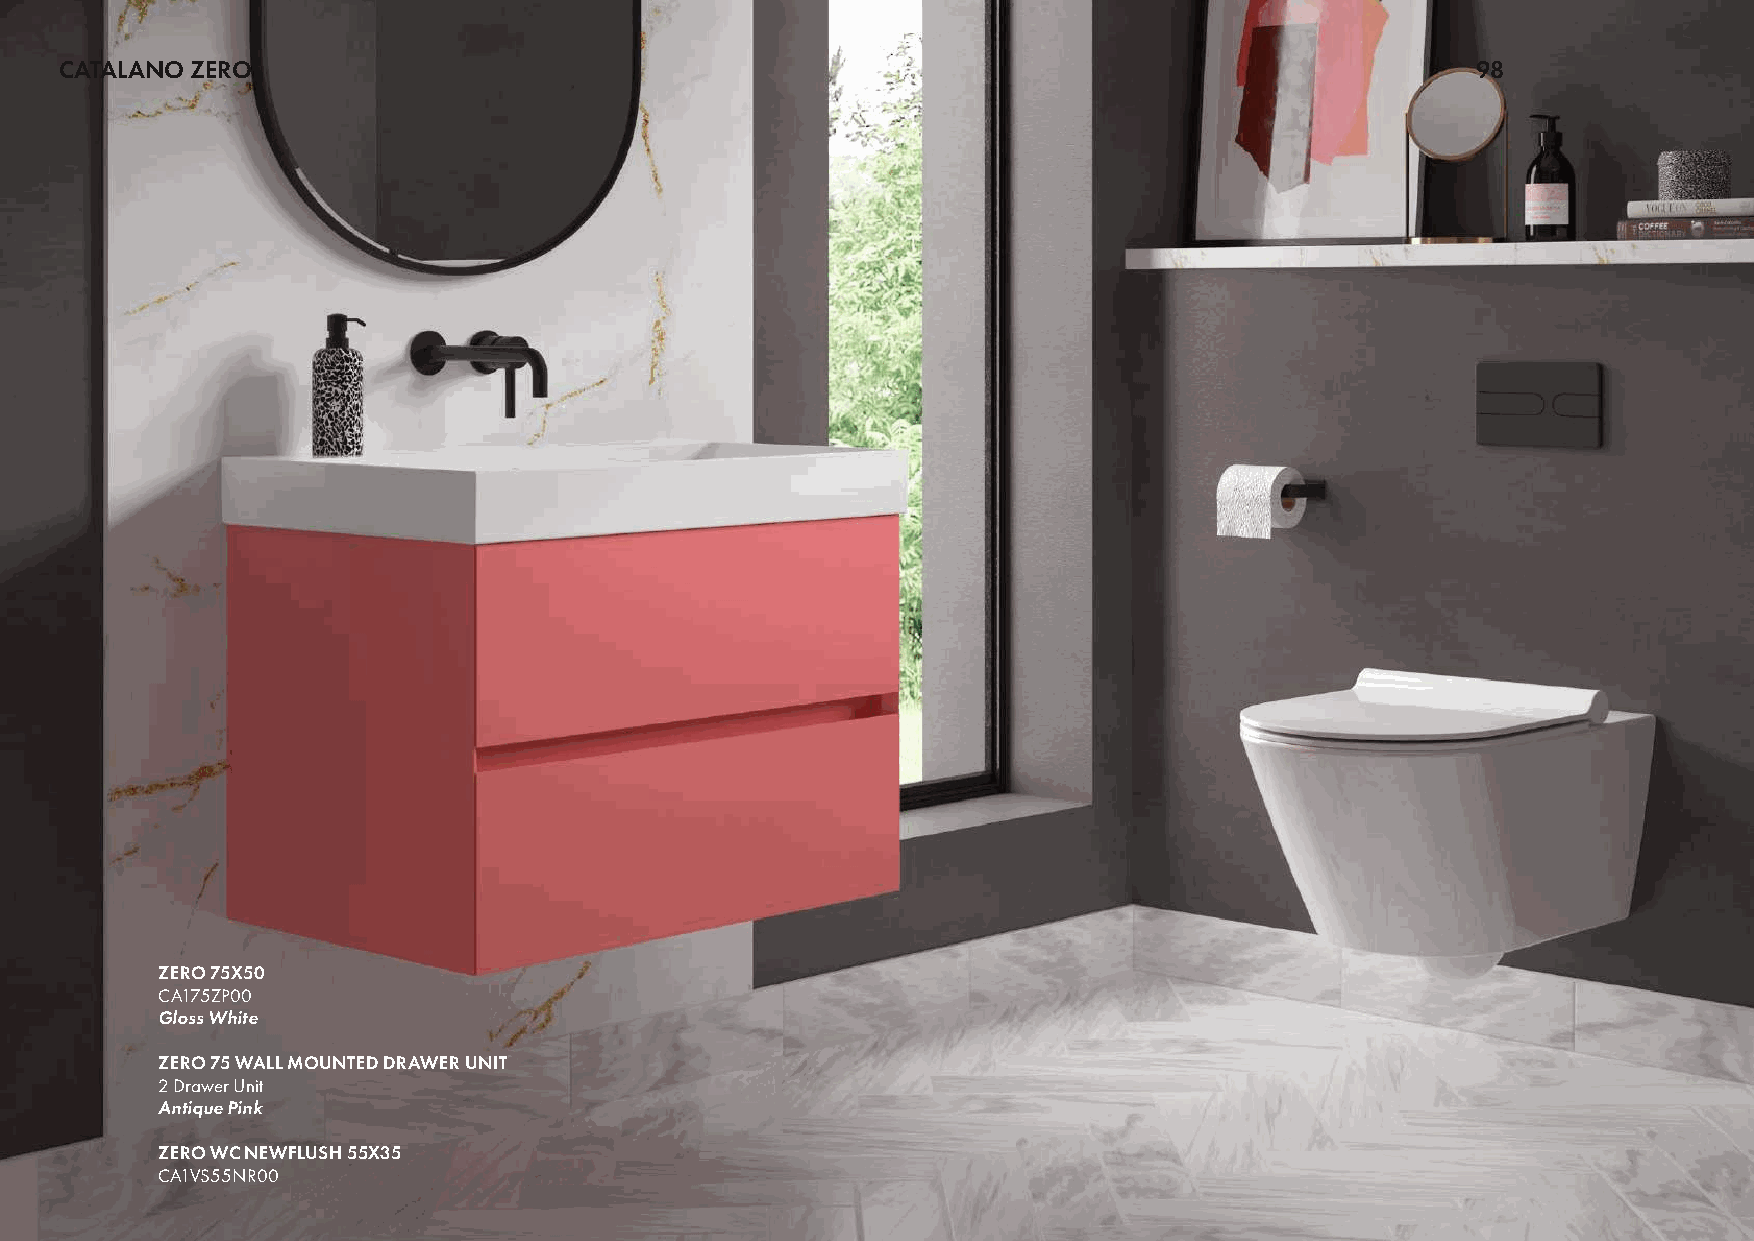
CATALANO ZERO                                                                                 98
 ZERO 75X50
 CA175ZP00
 Gloss White
 ZERO 75 WALL MOUNTED DRAWER UNIT
 2 Drawer Unit
 Antique Pink
 ZERO WC NEWFLUSH 55X35
 CA1VS55NR00